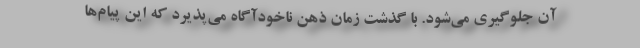
آن جلوگیری می‌شود. با گذشت زمان ذهن ناخودآگاه می‌پذیرد که این پیام‌ها